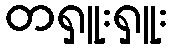
တရှူးရှူး